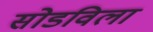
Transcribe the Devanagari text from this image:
सोडविला